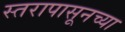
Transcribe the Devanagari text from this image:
स्तरापासूनच्या